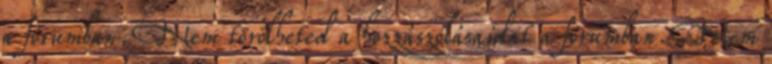
a fórumban. Nem törölheted a hozzászólásaidat a fórumban. Nem